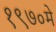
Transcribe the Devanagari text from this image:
१९७०मे